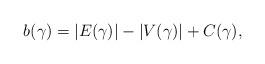
LaTeX: \begin{align*} b(\gamma) = |E(\gamma)| - |V(\gamma)| + C(\gamma),\end{align*}